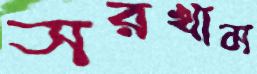
সরখাম